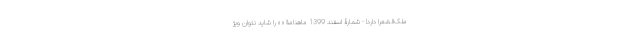
ملک‌الشعرا دارد! - شمارۀ اسفند 1399 ماهنامۀ « » را شاید نتوان ویژ